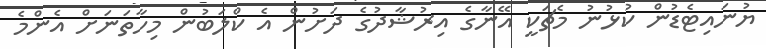
ޔުނައިޓެޑުން ކުޅުނު މެޗަކީ އޭނާގެ އިރުޝާދުގެ ދަށުން އެ ކްލަބުން މިހާތަނަށް އެންމެ